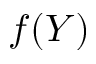
f ( Y )